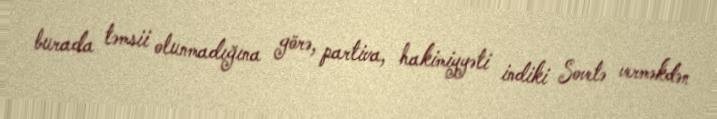
burada təmsii olunmadığına görə, partiva, hakimiyyəti indiki Sovetə verməkdən